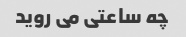
چه ساعتی می روید